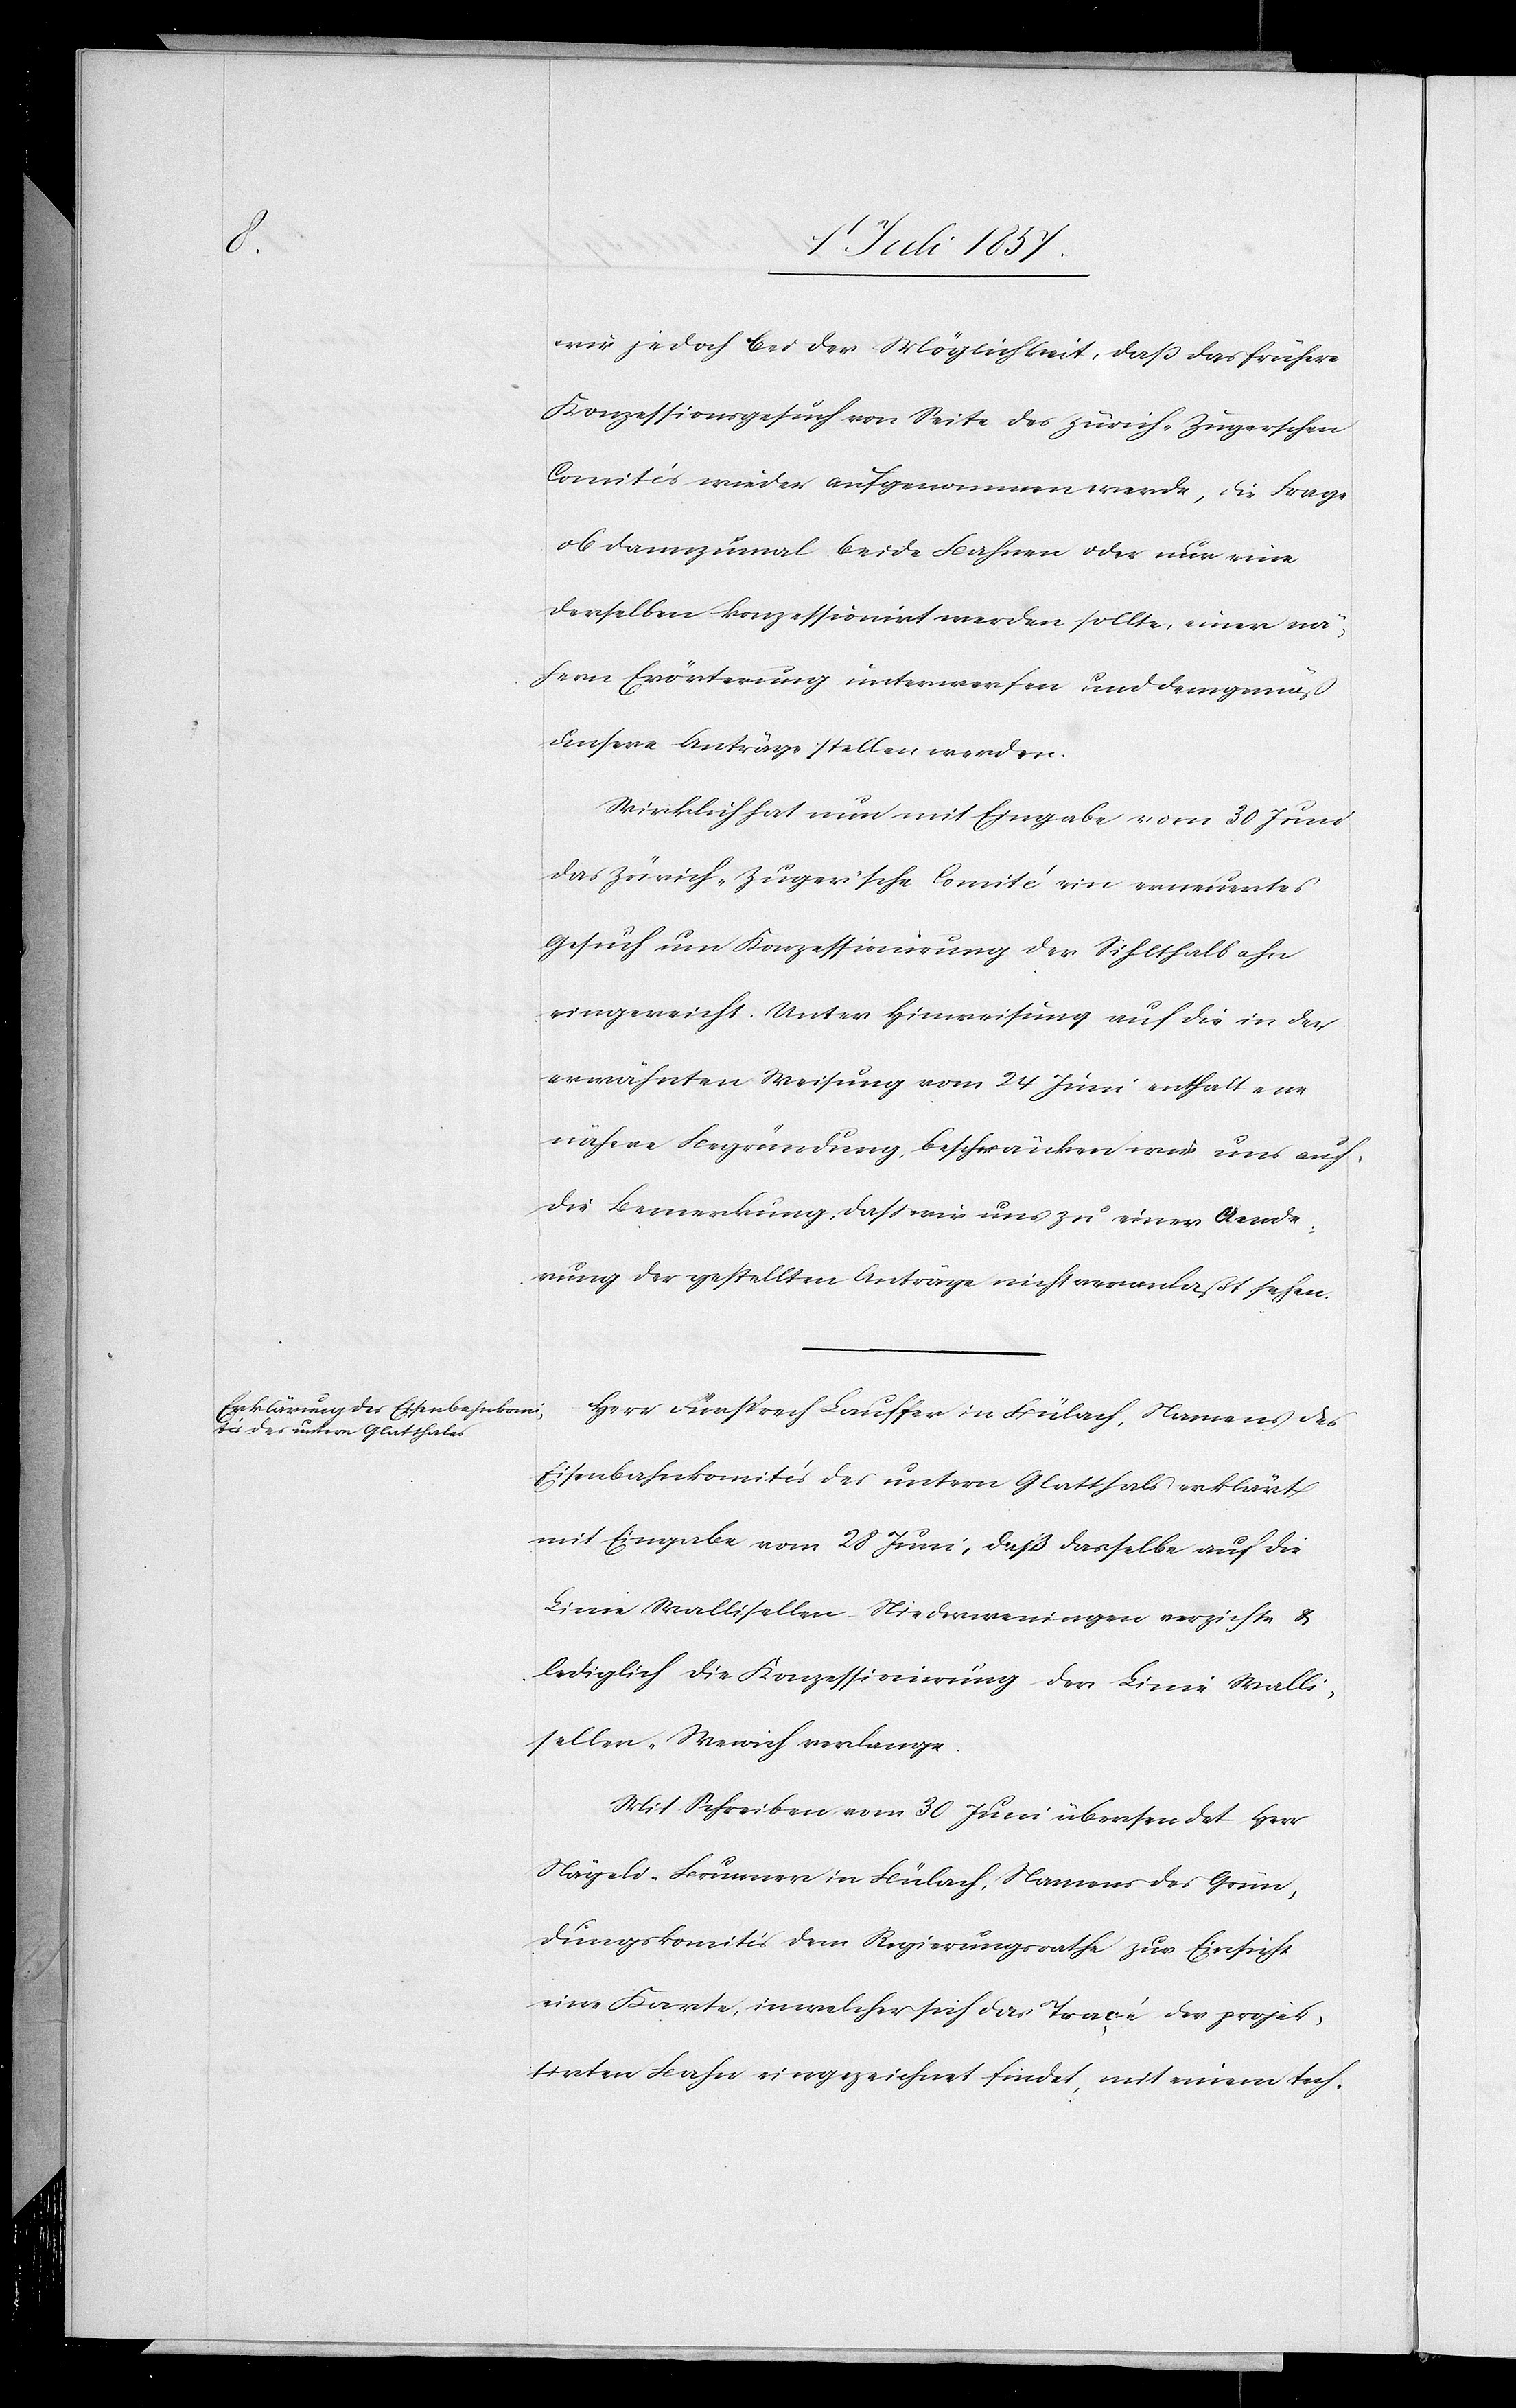
wir jedoch bei der Möglichkeit, daß das frühere
Konzessionsgesuch von Seite des Zürich-Zugerschen
Comités wieder aufgenommen werde, die Frage
ob dannzumal beide Bahnen oder nur eine
derselben konzessionirt werden sollte, einer nä¬
hern Erörterung unterwerfen und demgemäß
unsere Anträge stellen werden.
Wirklich hat nun mit Eingabe vom 30 Juni
das Zürich-Zugerische Comité ein erneuertes
Gesuch um Konzessionirung der Sihlthalbahn
eingereicht. Unter Hinweisung auf die in der
erwähnten Weisung vom 24 Juni enthaltene
nähere Begründung, beschränken wir uns auf
die Bemerkung, daß wir uns zu einer Aende¬
rung der gestellten Anträge nicht veranlaßt sehen.
Herr Fürsprech Lauffer in Bülach, Namens des
Eisenbahnkomités des untern Glatthals erklärt,
mit Eingabe vom 28 Juni, daß dasselbe auf die
Linie Wallisellen–Niederweningen verzichte &
lediglich die Konzessionirung der Linie Walli¬
sellen–Weiach verlange.
Mit Schreiben vom 30 Juni übersendet Herr
Nägeli-Brunner in Bülach, Namens des Grün¬
dungskomités dem Regierungsrathe zur Einsicht
eine Karte, in welcher sich das Tracé der projek¬
tirten Bahn eingezeichnet findet, mit einem tech-